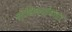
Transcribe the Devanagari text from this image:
बोधिचर्यावतार